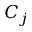
C _ { j }